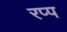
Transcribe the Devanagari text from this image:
रप्प